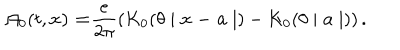
LaTeX: \mathcal { A } _ { 0 } ( t , \mathbf { x ) = } \frac { e } { 2 \pi } \left( K _ { 0 } ( \theta \mid \mathbf { x - a } \mid ) - K _ { 0 } ( \theta \mid \mathbf { a } \mid ) \right) .